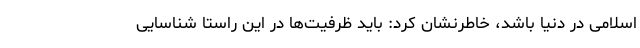
اسلامی در دنیا باشد، خاطرنشان کرد: باید ظرفیت‌ها در این راستا شناسایی